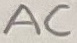
Text: AC